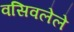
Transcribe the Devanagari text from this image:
वसिवलेले